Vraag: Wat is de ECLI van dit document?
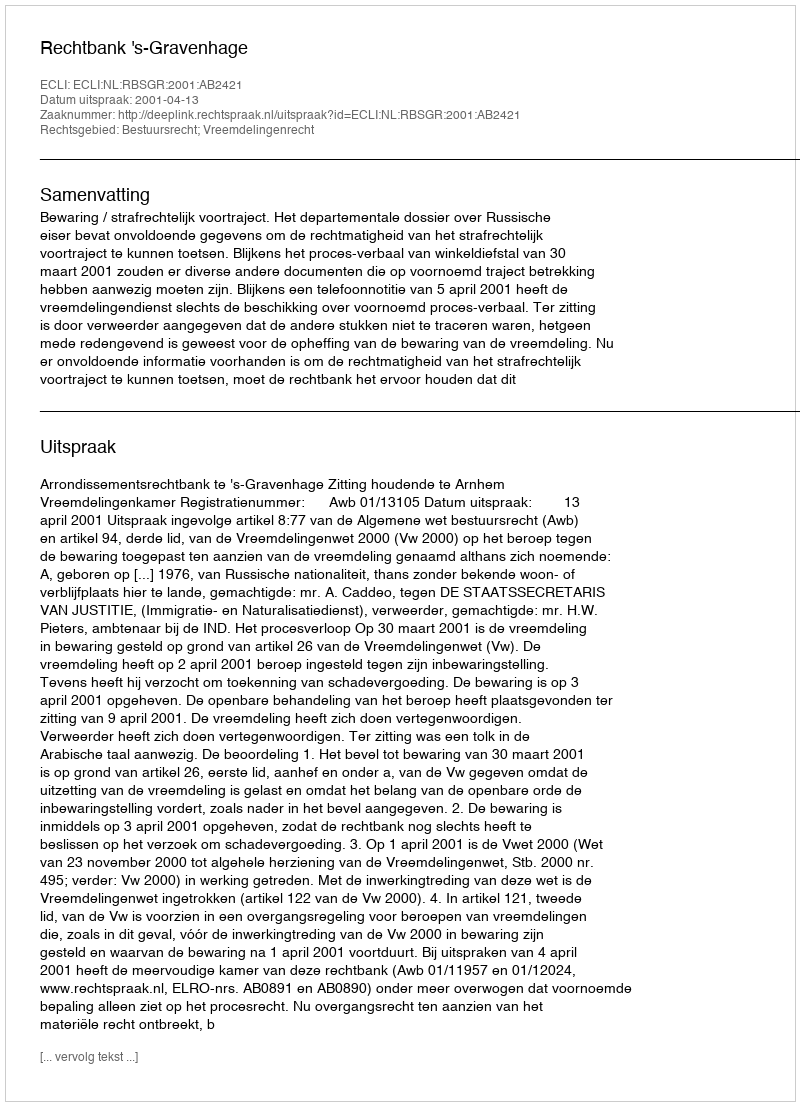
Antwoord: ECLI:NL:RBSGR:2001:AB2421